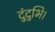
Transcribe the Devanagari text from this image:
दुंदुभि।